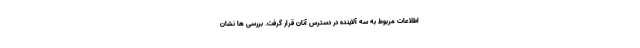
اطلاعات مربوط به سه آلاینده در دسترس آنان قرار گرفت. بررسی ها نشان